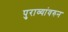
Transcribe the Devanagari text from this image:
पुराव्यांवरुन